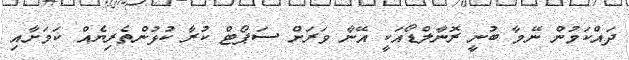
ދައްކަމުން ނޭމާ ބުނީ ރޮނާލްޑޯއަކީ އޭނާ ވަރަށް ސަޕޯޓް ކުރާ ކުޅުންތެރިޔެއް ކަމަށާއި